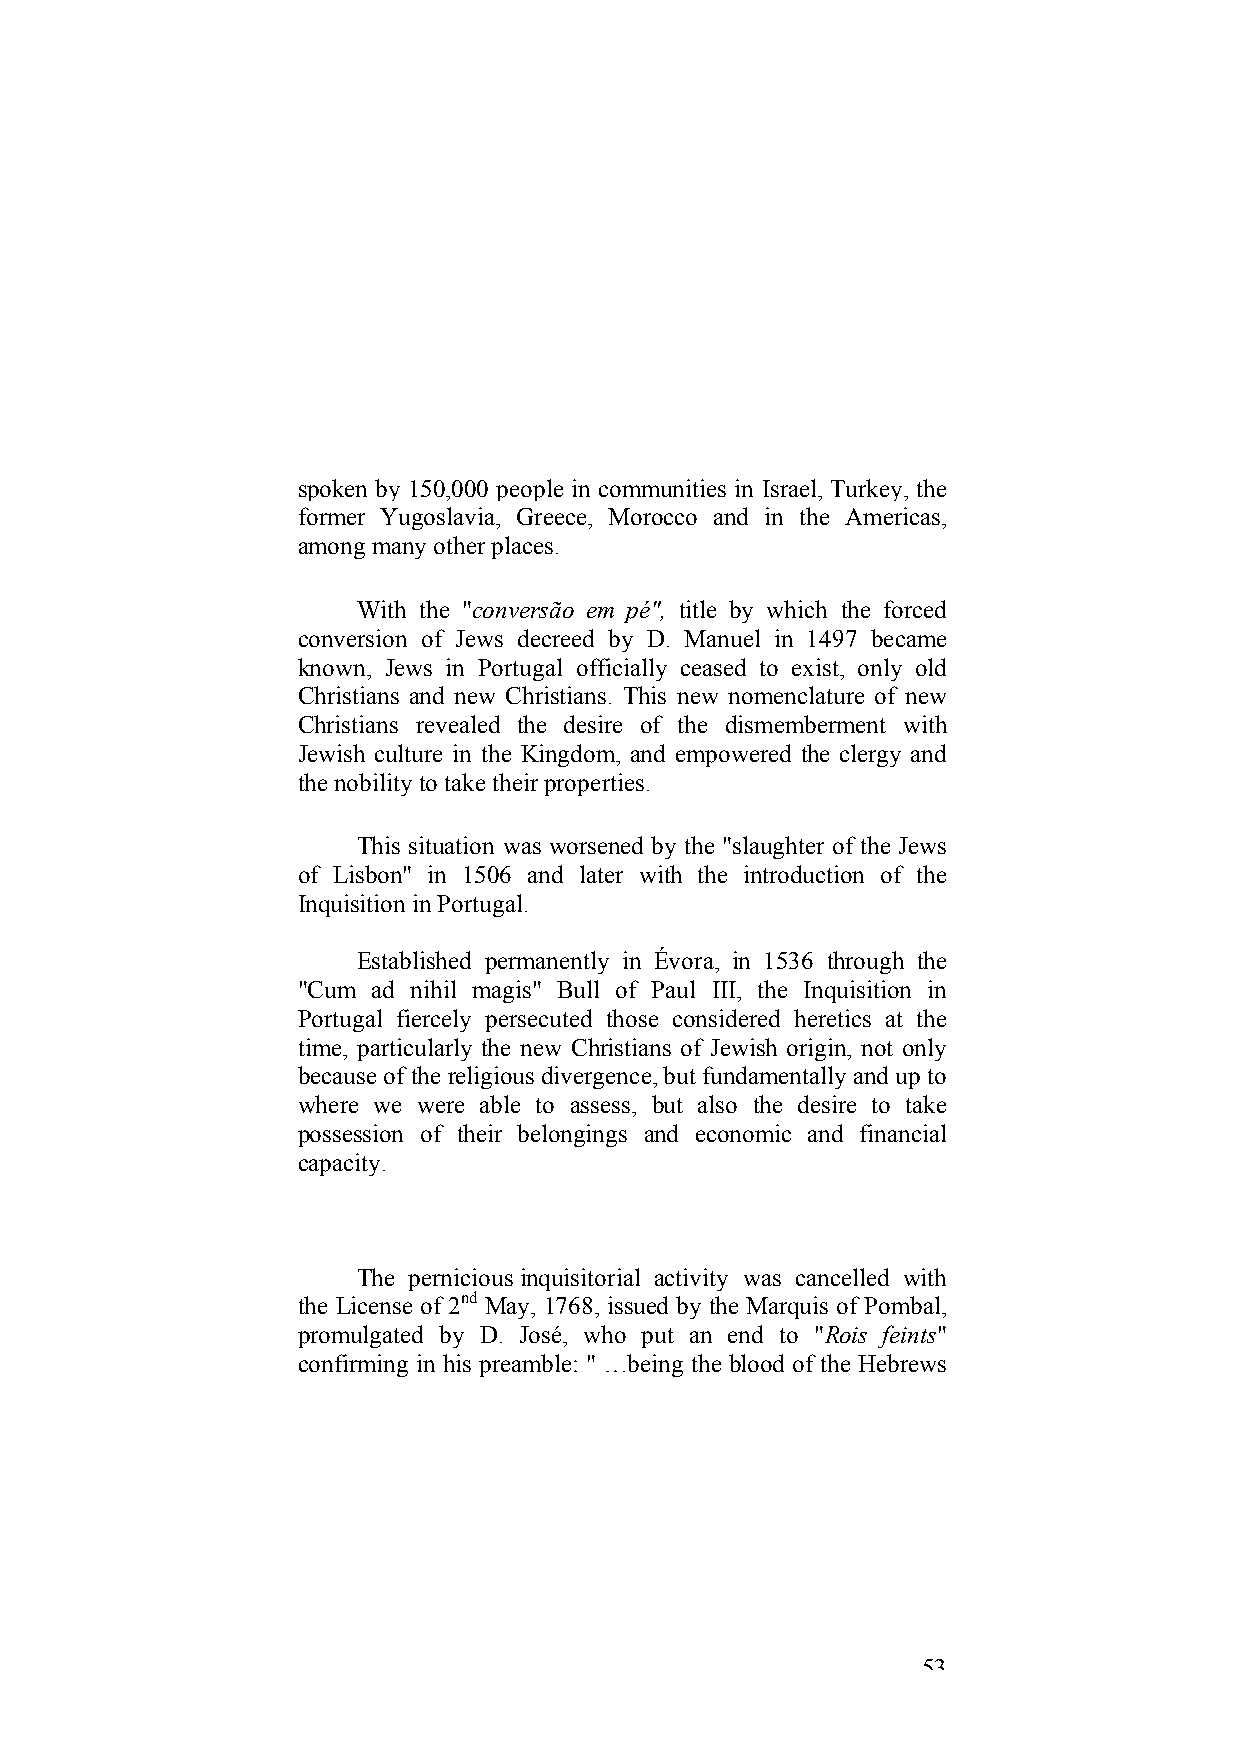
spoken by 150,000 people in communities in Israel, Turkey, the
 former Yugoslavia, Greece, Morocco and in the Americas,
 among many other places.
 With the "conversão em pé", title by which the forced
 conversion of Jews decreed by D. Manuel in 1497 became
 known, Jews in Portugal officially ceased to exist, only old
 Christians and new Christians. This new nomenclature of new
 Christians revealed the desire of the dismemberment with
 Jewish culture in the Kingdom, and empowered the clergy and
 the nobility to take their properties.
 This situation was worsened by the "slaughter of the Jews
 of Lisbon" in 1506 and later with the introduction of the
 Inquisition in Portugal.
 Established permanently in Évora, in 1536 through the
 "Cum ad nihil magis" Bull of Paul III, the Inquisition in
 Portugal fiercely persecuted those considered heretics at the
 time, particularly the new Christians of Jewish origin, not only
 because of the religious divergence, but fundamentally and up to
 where we were able to assess, but also the desire to take
 possession of their belongings and economic and financial
 capacity.
 The pernicious inquisitorial activity was cancelled with
 the License of 2nd May, 1768, issued by the Marquis of Pombal,
 promulgated by D. José, who put an end to "Rois feints"
 confirming in his preamble: " …being the blood of the Hebrews
 53